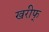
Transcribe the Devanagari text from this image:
खरीफ्